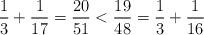
LaTeX: \begin{align*} \frac{1}{3} + \frac{1}{17} = \frac{20}{51} < \frac{19}{48} = \frac{1}{3} + \frac{1}{16} \end{align*}